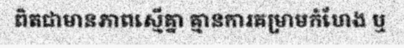
ពិតជាមានភាពស្មើគ្នា គ្មានការគម្រាមកំហែង ឬ